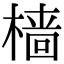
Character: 樯